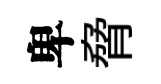
卑脅